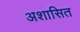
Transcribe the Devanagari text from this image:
अशासित